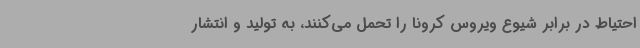
احتیاط در برابر شیوع ویروس کرونا را تحمل می‌کنند، به تولید و انتشار